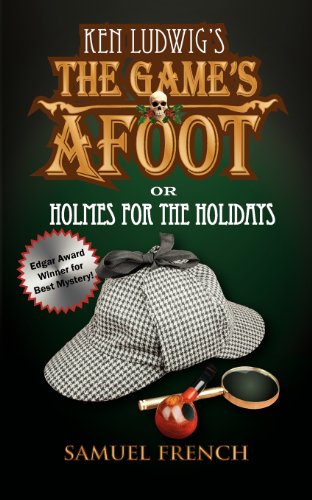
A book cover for The Game's Afoot; Or Holmes for the Holidays (Ludwig); Ken Ludwig; Humor & Entertainment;